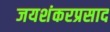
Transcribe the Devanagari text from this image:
जयशंकरप्रसाद